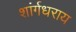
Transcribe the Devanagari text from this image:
शांर्गधराय